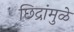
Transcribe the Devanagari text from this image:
छिद्रांमुळे